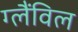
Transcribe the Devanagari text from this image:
ग्लैंविल